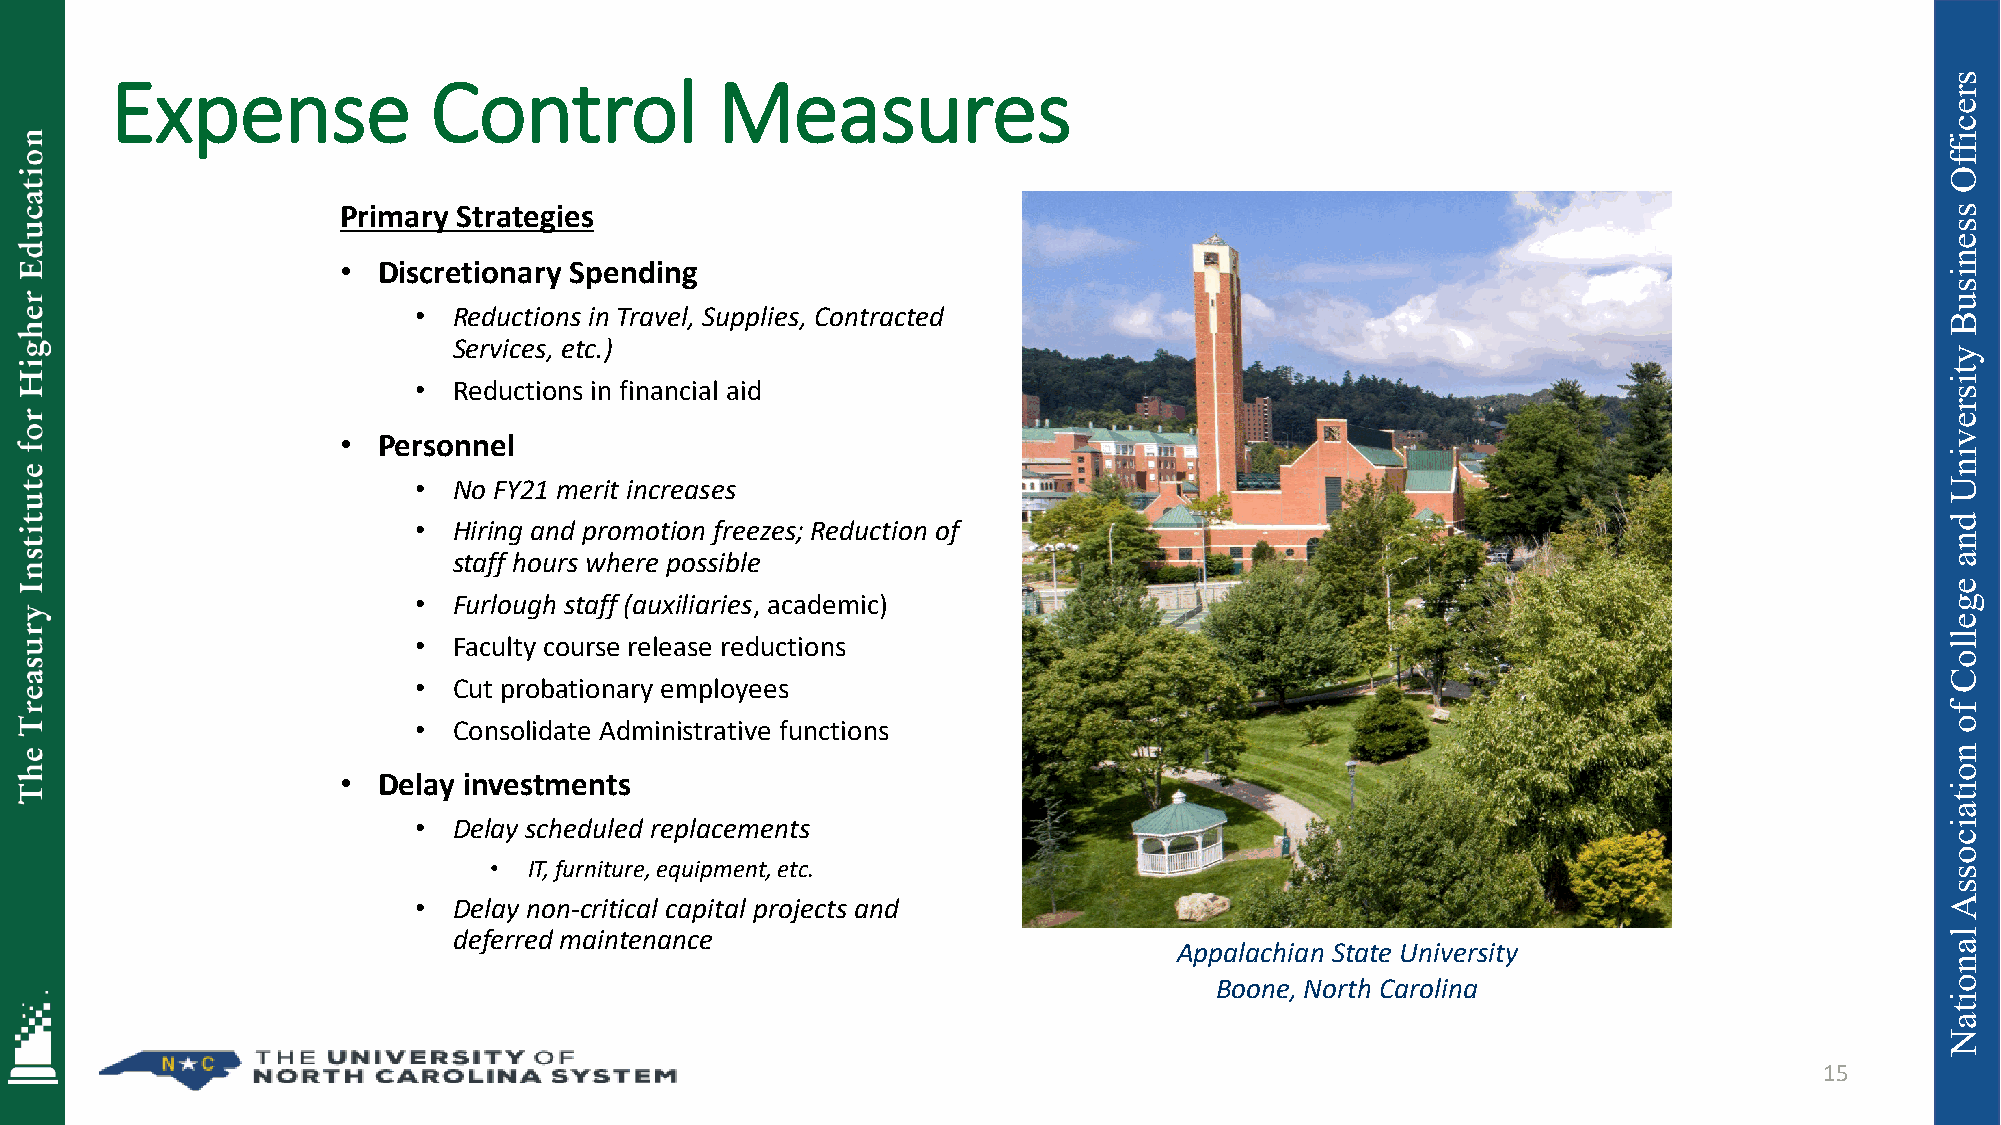
Expense              Control            Measures
 Primary Strategies
 • Discretionary Spending
 •  Reductions in Travel, Supplies, Contracted
 Services, etc.)
 •  Reductions in financial aid
 • Personnel
 •  No FY21 merit increases
 •  Hiring and promotion freezes; Reduction of
 staff hours where possible
 •  Furlough staff (auxiliaries, academic)
 •  Faculty course release reductions
 •  Cut probationary employees
 •  Consolidate Administrative functions
 • Delay investments
 •  Delay scheduled replacements
 •  IT, furniture, equipment, etc.
 •  Delay non-critical capital projects and
 deferred maintenance
 Appalachian State University
 Boone, North Carolina
 15
 sreciffO
 ssenisuB
 ytisrevinU
 dna
 egelloC
 fo
 noitaicossA
 lanoitaN